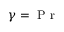
\gamma = \mathrm { ~ P ~ r ~ }